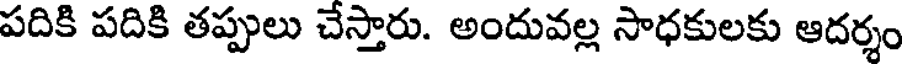
పదికి పదికి తప్పులు చేస్తారు. అందువల్ల సాధకులకు ఆదర్శం